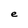
Character: e